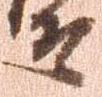
そ